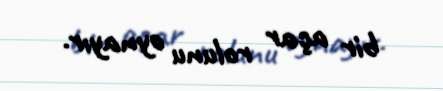
bir açar rolunu oynayır.